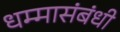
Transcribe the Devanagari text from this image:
धम्मासंबंधी